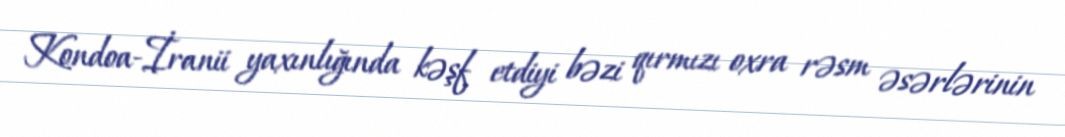
Kondoa-İranii yaxınlığında kəşf etdiyi bəzi qırmızı oxra rəsm əsərlərinin